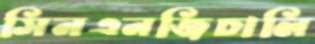
সিনএনজিচালি